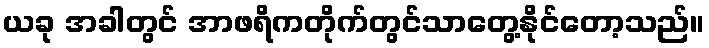
ယခု အခါတွင် အာဖရိကတိုက်တွင်သာတွေ့နိုင်တော့သည်။